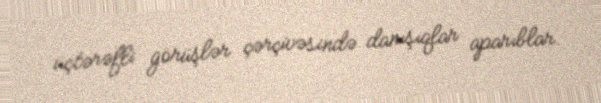
üçtərəfli görüşlər çərçivəsində danışıqlar aparıblar.